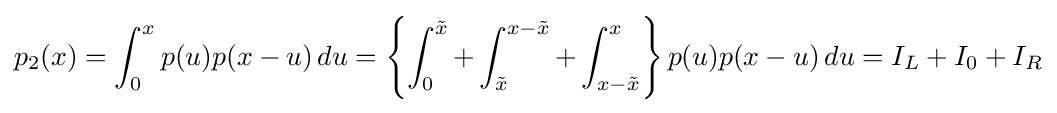
p_{2}(x)=\int _{0}^{x}p(u)p(x-u)\,du=\left\{\int _{0}^{\tilde {x}}+\int _{\tilde {x}}^{x-{\tilde {x}}}+\int _{x-{\tilde {x}}}^{x}\right\}p(u)p(x-u)\,du=I_{L}+I_{0}+I_{R}